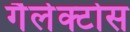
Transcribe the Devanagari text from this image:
गैलेक्टोस